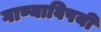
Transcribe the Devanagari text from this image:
गाण्याविषयी